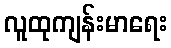
လူထုကျန်းမာရေး